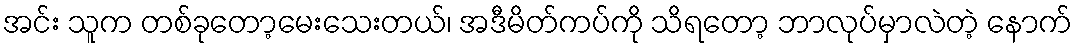
အင်း သူက တစ်ခုတော့မေးသေးတယ်၊ အဒီမိတ်ကပ်ကို သိရတော့ ဘာလုပ်မှာလဲတဲ့ နောက်